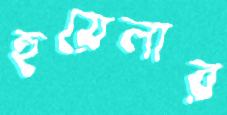
হুয়েলার